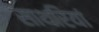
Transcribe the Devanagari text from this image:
साथरियां